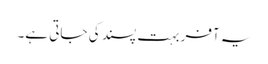
یہ آفر بہت پسند کی جاتی ہے۔